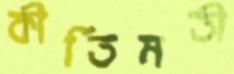
কীর্তিমতী